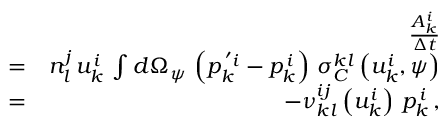
\begin{array} { r l r } & { } & { \frac { A _ { k } ^ { i } } { \Delta t } } \\ & { = } & { n _ { l } ^ { j } \, u _ { k } ^ { i } \, \int d \Omega _ { \psi } \, \left( p _ { k } ^ { \, ^ { \prime } i } - p _ { k } ^ { \, i } \right) \, \sigma _ { C } ^ { k l } \left( u _ { k } ^ { i } , \psi \right) } \\ & { = } & { - \nu _ { k l } ^ { i j } \left( u _ { k } ^ { i } \right) \, p _ { k } ^ { \, i } \, , } \end{array}